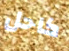
كاحل